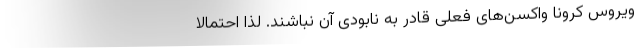
ویروس کرونا واکسن‌های فعلی قادر به نابودی آن نباشند. لذا احتمالاً